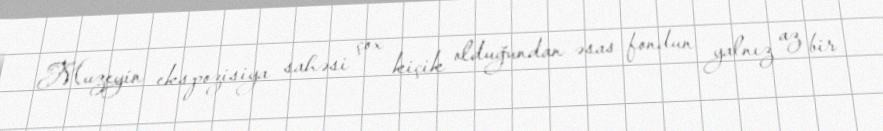
Muzeyin ekspozisiya sahəsi çox kiçik olduğundan əsas fondun yalnız az bir